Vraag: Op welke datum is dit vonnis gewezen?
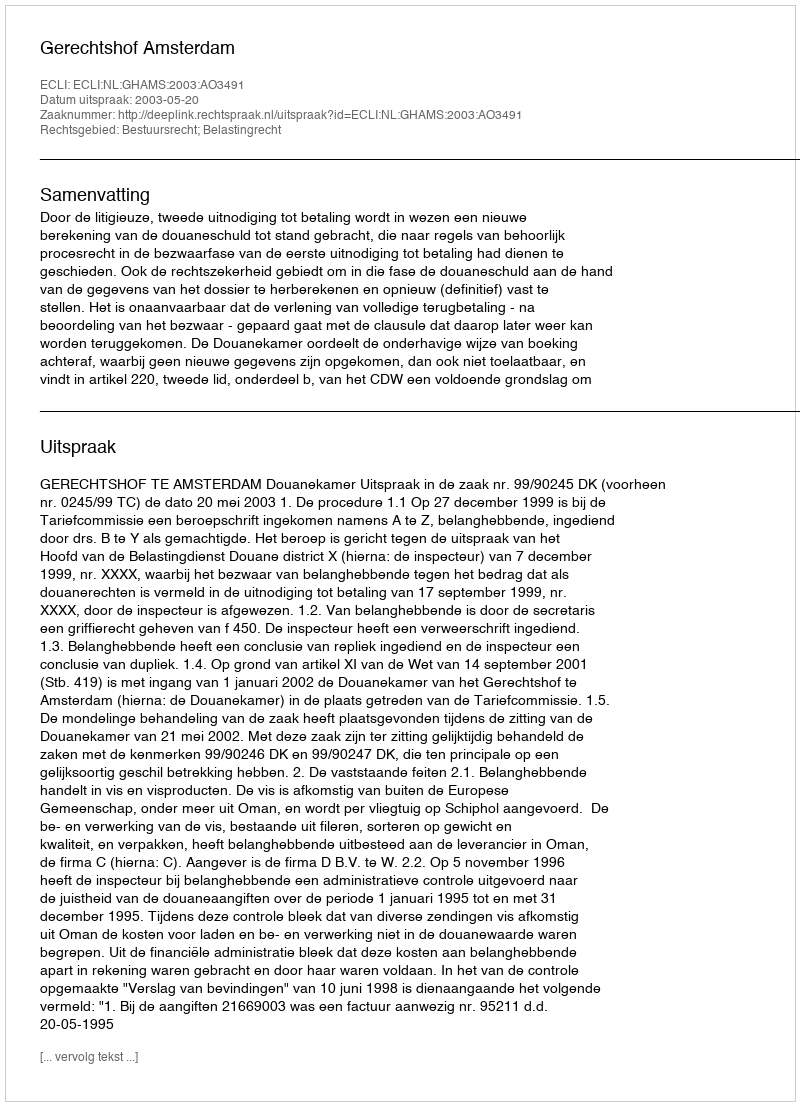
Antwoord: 2003-05-20